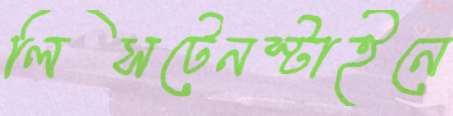
লিসটেনস্টাইনে